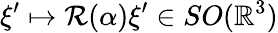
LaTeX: \xi^{\prime}\mapsto\mathcal{R}(\alpha)\xi^{\prime}\in SO(\mathbb{R}^{3})